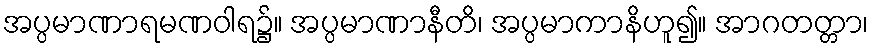
အပ္ပမာဏာရမဏဝါရ၌။ အပ္ပမာဏာနီတိ၊ အပ္ပမာကာနိဟူ၍။ အာဂတတ္တာ၊